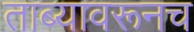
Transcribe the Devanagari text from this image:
ताब्यावरूनच